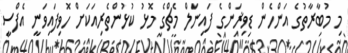
މި މުބާރާތުގެ އަންހެން ޑިވިޜަންގެ ފައިނަލް މެޗްގެ މޮޅު ކުޅުންތެރިއަކަށް ހޮވިފައިވަނީ އެފްސީ